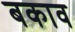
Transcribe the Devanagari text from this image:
बकाव